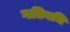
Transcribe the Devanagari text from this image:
गतिवधि